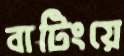
বাটিংয়ে